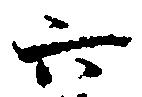
六